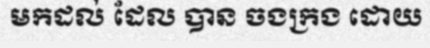
មកដល់ ដែល បាន ចងក្រង ដោយ